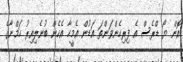
އޮން ޔޯ ޑްރެސް އެ ފިރިހެންވަންތަ އަޑުން އެމީހާ އެހެން ބުނެލިއިރު ހަމްނާގެ